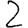
Digit: 2